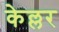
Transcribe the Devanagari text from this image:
केल्लर